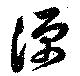
源